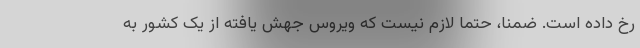
رخ داده است. ضمنا، حتما لازم نیست که ویروس جهش یافته از یک کشور به